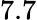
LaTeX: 7.7